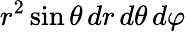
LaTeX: r^{2}\sin\theta\, dr\, d\theta\, d\varphi